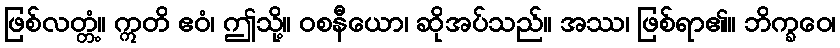
ဖြစ်လတ္တံ့။ ဣတိ ဧဝံ၊ ဤသို့။ ဝစနီယော၊ ဆိုအပ်သည်။ အဿ၊ ဖြစ်ရာ၏။ ဘိက္ခဝေ၊